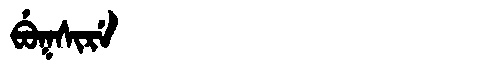
Manchu: ᠪᡠᡴᠰᡳᡵᡝ
Romanization: BUKSIRE